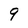
Character: 9